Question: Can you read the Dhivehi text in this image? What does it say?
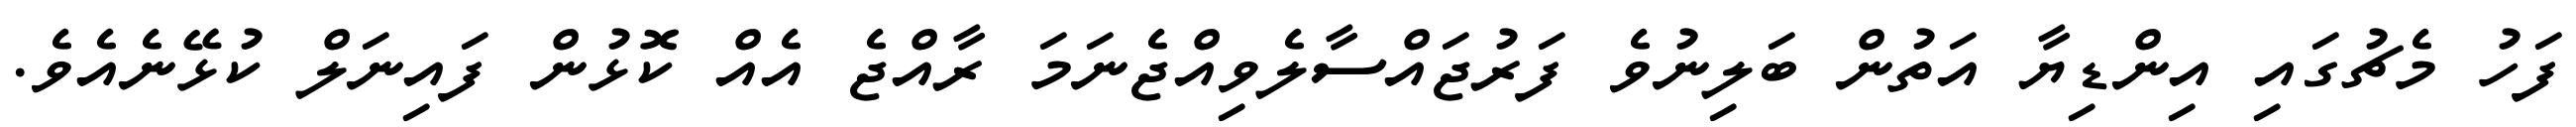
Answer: ފަހު މެޗުގައި އިންޑިޔާ އަތުން ބަލިނުވެ ފަރުޖައްސާލެވިއްޖެނަމަ ރާއްޖެ އެއް ކޮޅުން ފައިނަލް ކުޅޭނެއެވެ.